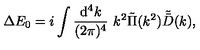
\Delta E _ { 0 } = i \int { \frac { \mathrm { d } ^ { 4 } k } { ( 2 \pi ) ^ { 4 } } } \ k ^ { 2 } \tilde { \Pi } ( k ^ { 2 } ) \tilde { \bar { D } } ( k ) ,